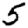
Digit: 5